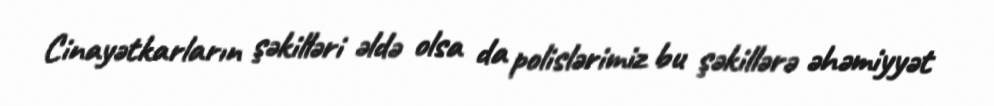
Cinayətkarların şəkilləri əldə olsa da polislərimiz bu şəkillərə əhəmiyyət